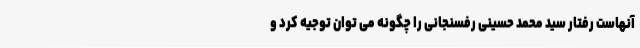
آنهاست رفتار سید محمد حسینی رفسنجانی را چگونه می توان توجیه کرد و